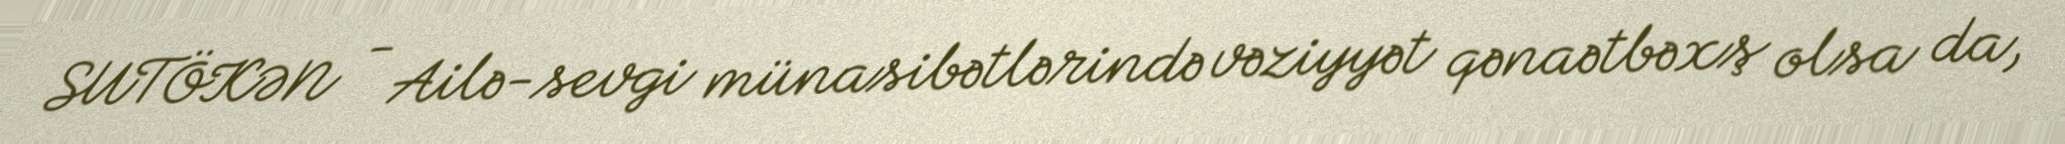
SUTÖKƏN - Ailə-sevgi münasibətlərində vəziyyət qənaətbəxş olsa da,